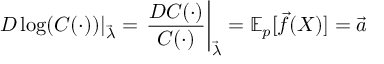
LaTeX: D \log ( C ( \cdot ) ) \vert _ { \vec { \lambda } } = \left. { \frac { D C ( \cdot ) } { C ( \cdot ) } } \right| _ { \vec { \lambda } } = \mathbb { E } _ { p } [ { \vec { f } } ( X ) ] = { \vec { a } }